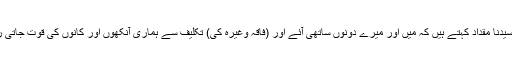
1535: سیدنا مقدادؓ کہتے ہیں کہ میں اور میرے دونوں ساتھی آئے اور (فاقہ وغیرہ کی) تکلیف سے ہماری آنکھوں اور کانوں کی قوت جاتی رہی تھی۔